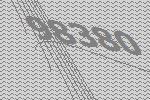
98380